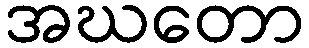
အဃတော